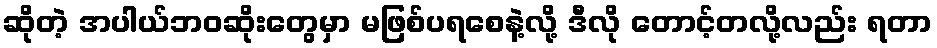
ဆိုတဲ့ အပါယ်ဘဝဆိုးတွေမှာ မဖြစ်ပရစေနဲ့လို့ ဒီလို တောင့်တလို့လည်း ရတာ